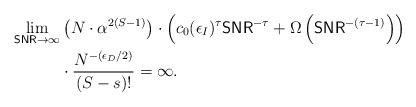
LaTeX: \begin{align*}\lim_{\mathsf{SNR}\rightarrow \infty} & \left(N \cdot\alpha^{2(S-1)}\right) \cdot \left( c_0 (\epsilon_I)^{\tau}{\mathsf{SNR}}^{-\tau} + \Omega\left({\mathsf{SNR}}^{-(\tau-1)}\right)\right) \\ & \cdot\frac{N^{-(\epsilon_D/2)}}{(S-s)!} = \infty.\end{align*}